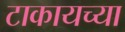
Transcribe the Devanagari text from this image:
टाकायच्या